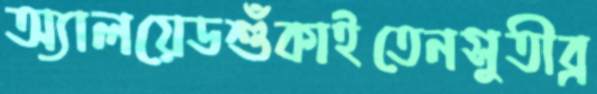
অ্যালয়েডশুঁকাইতেনসুতীব্র